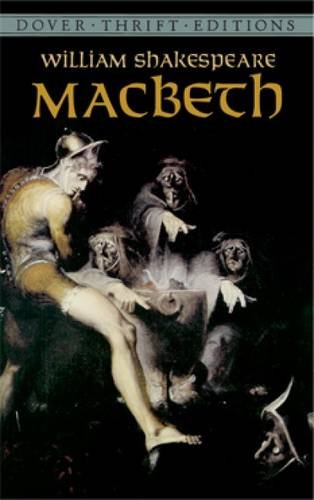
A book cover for Macbeth (Dover Thrift Editions); William Shakespeare; Literature & Fiction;